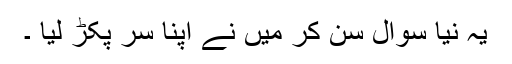
یہ نیا سوال سن کر میں نے اپنا سر پکڑ لیا ۔